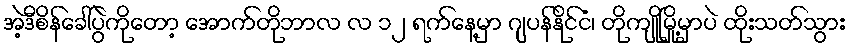
အဲ့ဒီစိန်ခေါ်ပွဲကိုတော့ အောက်တိုဘာလ လ ၁၂ ရက်နေ့မှာ ဂျပန်နိုင်ငံ၊ တိုကျိုမြို့မှာပဲ ထိုးသတ်သွား